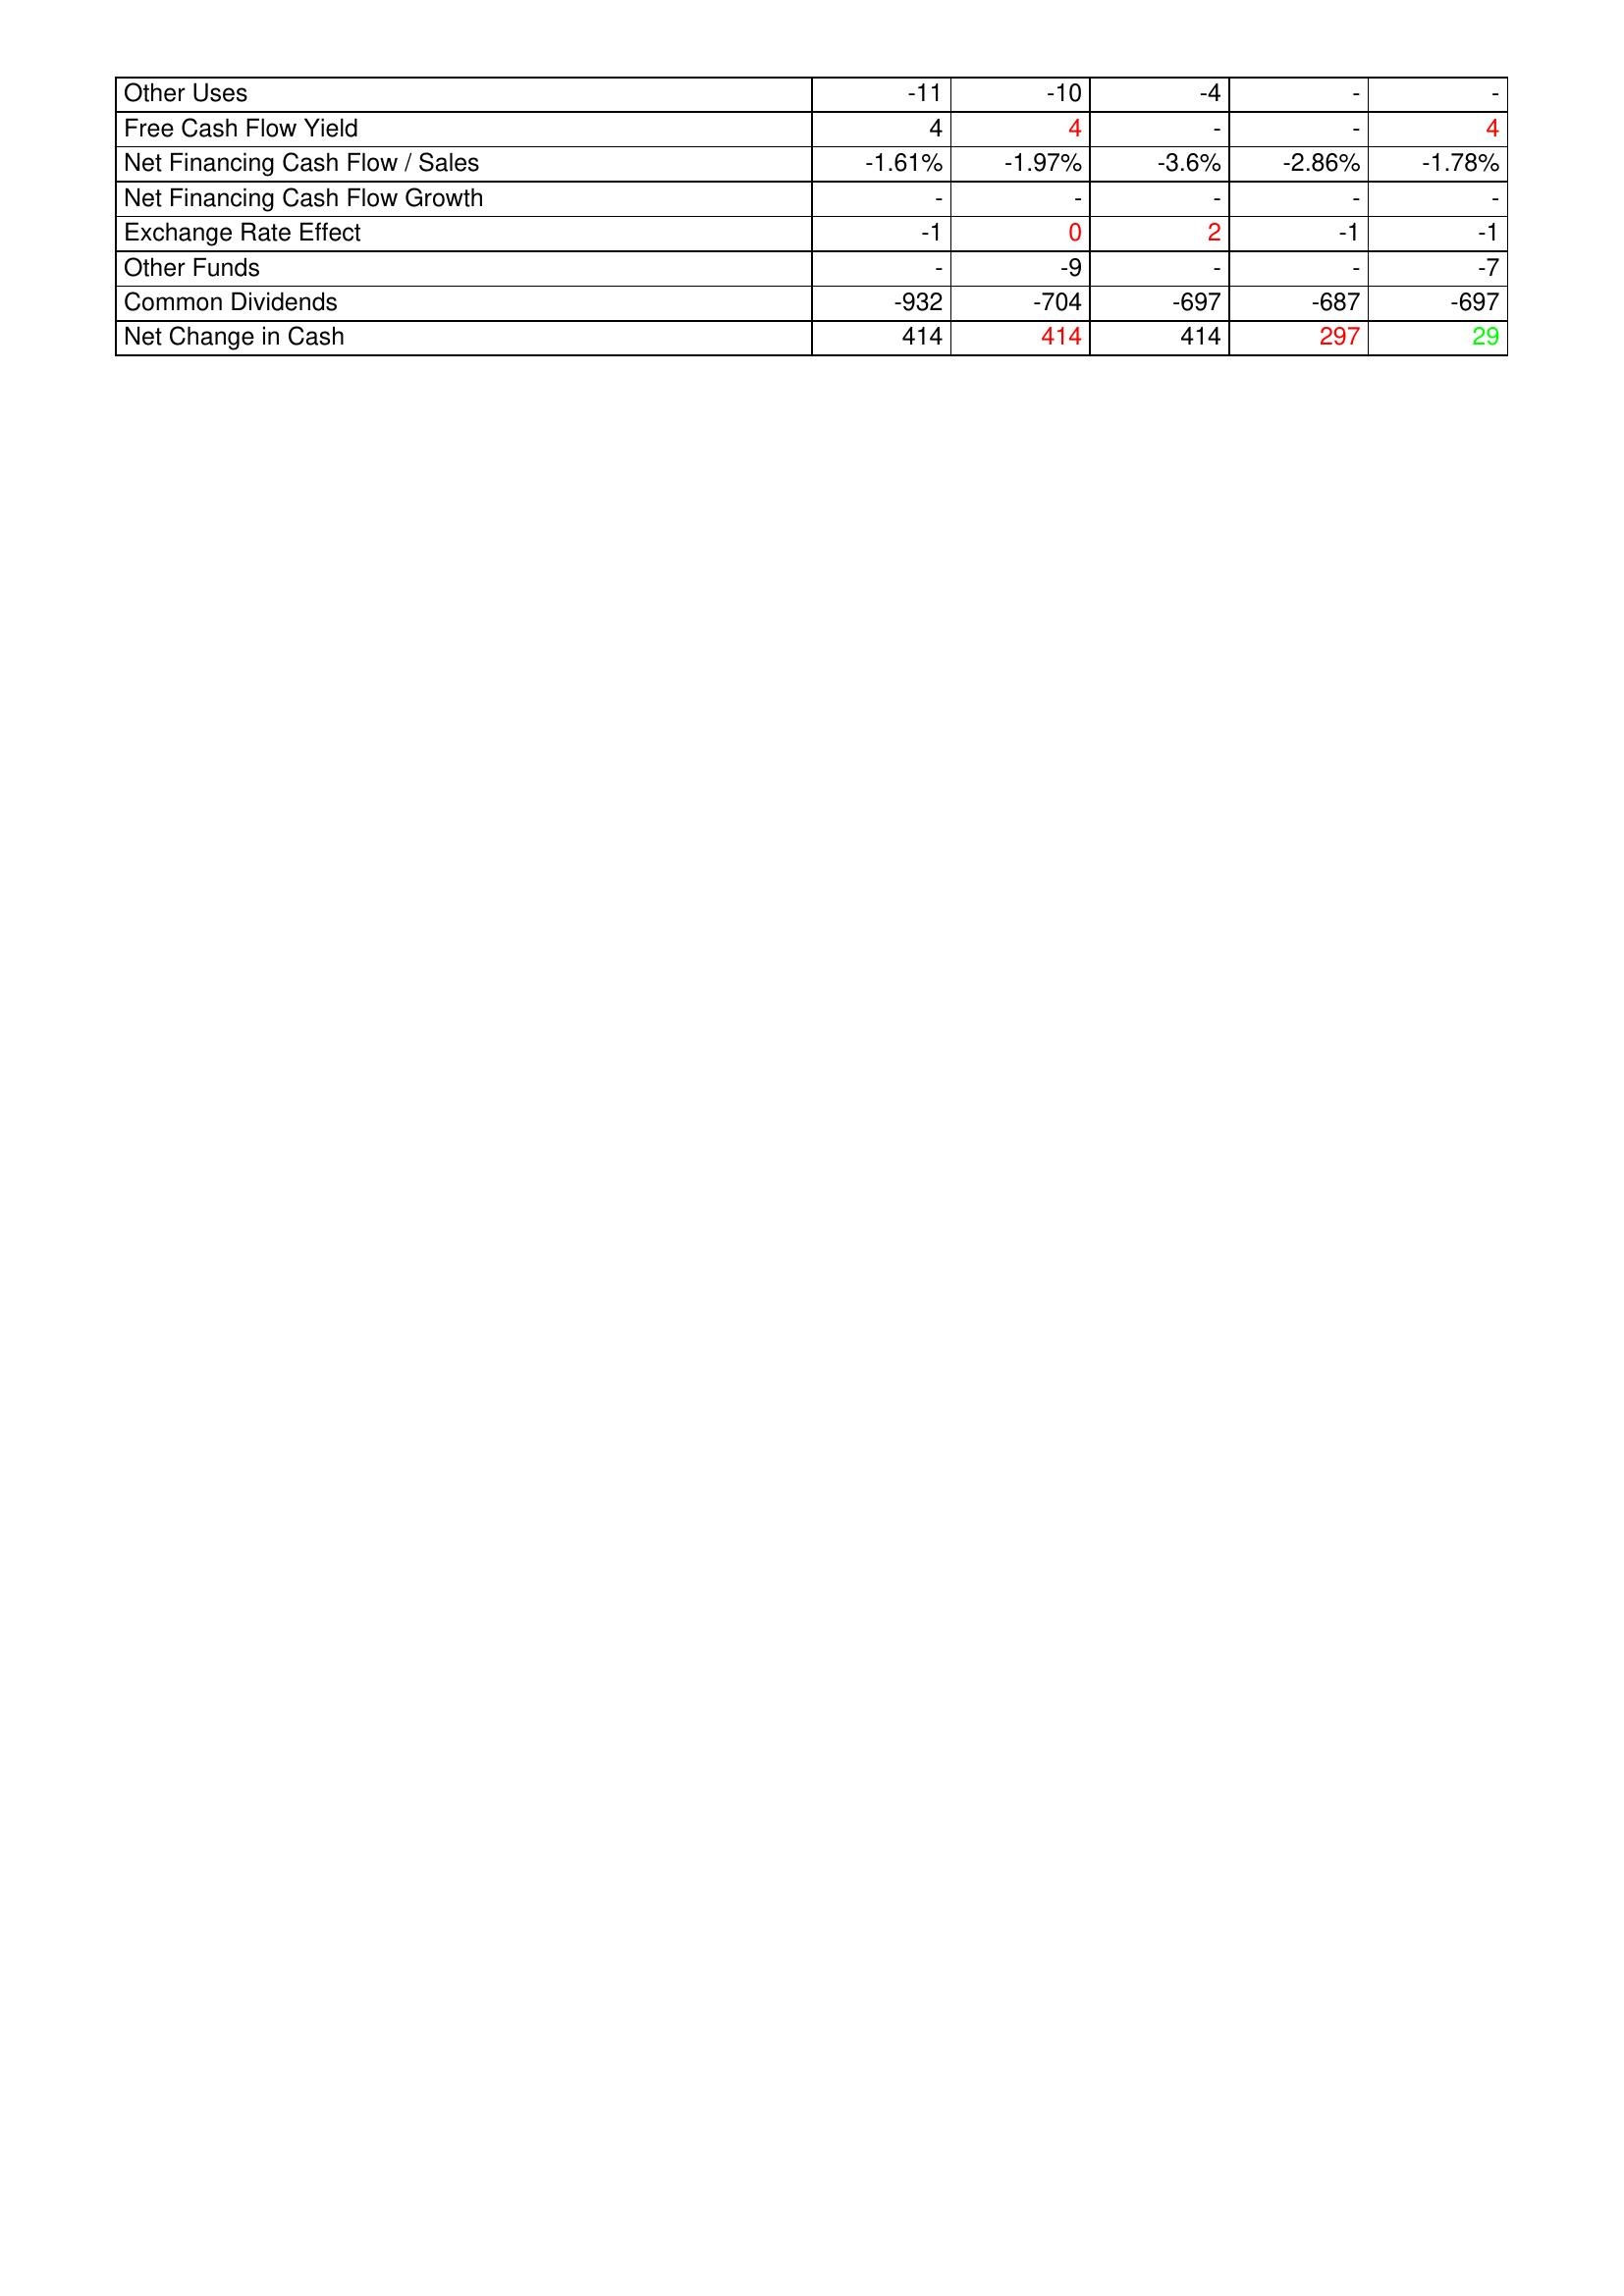
gt_parse: 2007: Financing Activities: Other Uses: -11
Free Cash Flow Yield: 4
Net Financing Cash Flow / Sales: -1.61%
Net Financing Cash Flow Growth: -
Exchange Rate Effect: -1
Other Funds: -
Common Dividends: -932
Net Change in Cash: 414
2006: Financing Activities: Other Uses: -10
Free Cash Flow Yield: 4
Net Financing Cash Flow / Sales: -1.97%
Net Financing Cash Flow Growth: -
Exchange Rate Effect: 0
Other Funds: -9
Common Dividends: -704
Net Change in Cash: 414
2005: Financing Activities: Other Uses: -4
Free Cash Flow Yield: -
Net Financing Cash Flow / Sales: -3.6%
Net Financing Cash Flow Growth: -
Exchange Rate Effect: 2
Other Funds: -
Common Dividends: -697
Net Change in Cash: 414
2004: Financing Activities: Other Uses: -
Free Cash Flow Yield: -
Net Financing Cash Flow / Sales: -2.86%
Net Financing Cash Flow Growth: -
Exchange Rate Effect: -1
Other Funds: -
Common Dividends: -687
Net Change in Cash: 297
2003: Financing Activities: Other Uses: -
Free Cash Flow Yield: 4
Net Financing Cash Flow / Sales: -1.78%
Net Financing Cash Flow Growth: -
Exchange Rate Effect: -1
Other Funds: -7
Common Dividends: -697
Net Change in Cash: 29